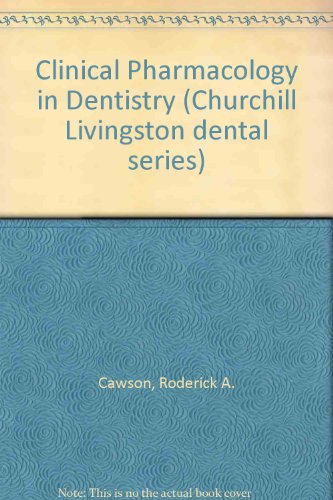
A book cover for Clinical Pharmacology in Dentistry; Roderick A. Cawson; Medical Books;